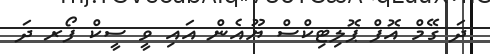
ދަ ގޭމް އޮފް ޕޮލިޓިކްސް ޔޫއެން އައި ވީ ސީކް ފޯރ ދަ